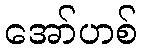
အော်ဟစ်